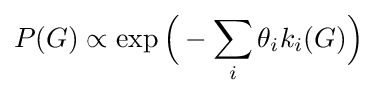
P(G)\propto \exp {\Bigl (}-\sum _{i}\theta _{i}k_{i}(G){\Bigr )}